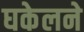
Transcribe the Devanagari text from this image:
घकेलने